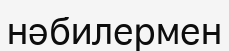
нәбилермен